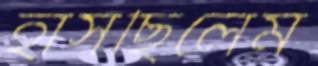
হাসছিলেম